Report on the cultivation and use of ganja
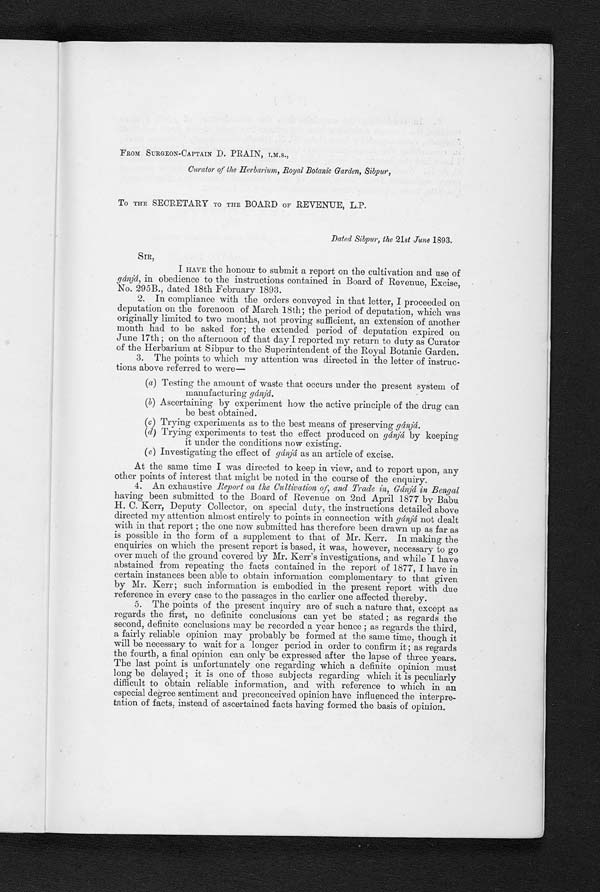
FROM SURGEON-CAPTAIN D. PRAIN, I.M.S.,
Curator of the Herbarium, Royal Botanic Garden, Sibpur,
To THE SECRETARY To THE BOARD oF REVENUE, L.P.
Dated Sibpur, the 21st June 1893.
SIR,
I HAVE the honour to submit a report on the cultivation and use of
gánjá, in obedience to the instructions contained in Board of Revenue, Excise,
No. 295B., dated 18th February 1893.
2. In compliance with the orders conveyed in that letter, I proceeded on
deputation on the forenoon of March 18th; the period of deputation, which was
originally limited to two months, not proving sufficient, an extension of another
month had to be asked for; the extended period of deputation expired on
June 17th ; on the afternoon of that day I reported my return to duty as Curator
of the Herbarium at Sibpur to the Superintendent of the Royal Botanic Garden.
3. The points to which my attention was directed in the letter of instruc-
tions above referred to were
—
(a) Testing the amount of waste that occurs under the present system of
manufacturing gánjá.
(b) Ascertaining by experiment how the active principle of the drug can
be best obtained.
(c) Trying experiments as to the best means of preserving gánjá.
(d) Trying experiments to test the effect produced on gánjá by keeping
it under the conditions now existing.
(e) Investigating the effect of gánjá as an article of excise.
At the same time I was directed to keep in view, and to report upon, any
other points of interest that might be noted in the course of the enquiry.
4. An exhaustive Report on the Cultivation of, and Trade in, Gánjá, in Bengal
having been submitted to the Board of Revenue on 2nd April 1877 by Babu
H. C. Kerr, Deputy Collector, on special duty, the instructions detailed above
directed my attention almost entirely to points in connection with gánjá not dealt
with in that report ; the one now submitted has therefore been drawn up as far as
is possible in the form of a supplement to that of Mr. Kerr. In making the
enquiries on which the present report is based, it was, however, necessary to go
over much of the ground covered by Mr. Kerr's investigations, and while I have
abstained from repeating the facts contained in the report of 1877, I have in
certain instances been able to obtain information complementary to that given
by Mr. Kerr; such information is embodied in the present report with due
reference in every case to the passages in the earlier one affected thereby.
5. The points of the present inquiry are of such a nature that, except as
regards the first, no definite conclusions can yet be stated ; as regards the
second, definite conclusions may be recorded a year hence ; as regards the third,
a fairly reliable opinion may probably be formed at the same time, though it
will be necessary to wait for a longer period in order to confirm it ; as regards
the fourth, a final opinion can only be expressed after the lapse of three years.
The last point is unfortunately one regarding which a definite opinion must
long be delayed ; it is one of those subjects regarding which it is peculiarly
difficult to obtain reliable information, and with reference to which in an
especial degree sentiment and preconceived opinion have influenced the interpre-
tation of facts, instead of ascertained facts having formed the basis of opinion.